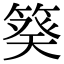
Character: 𥯫